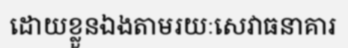
ដោយខ្លួនឯងតាមរយៈសេវាធនាគារ